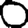
Digit: 0